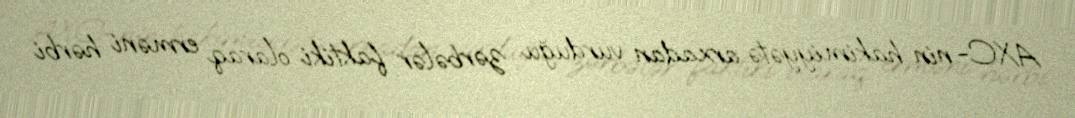
AXC- nin hakimiyyətə arxadan vurduğu zərbələr faktiki olaraq erməni hərbi